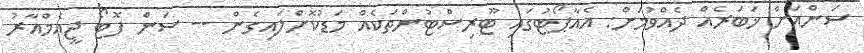
ސަންއަށް ޚަބަރެއް ދެއްވުމަށް: އެއާޕޯޓުގައި ޓޫރިސްޓުންތަކެއް މަޑުކޮށްލައިގެން -- ސަން ފޮޓޯ ޖީއެމްއާރު